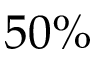
5 0 \%